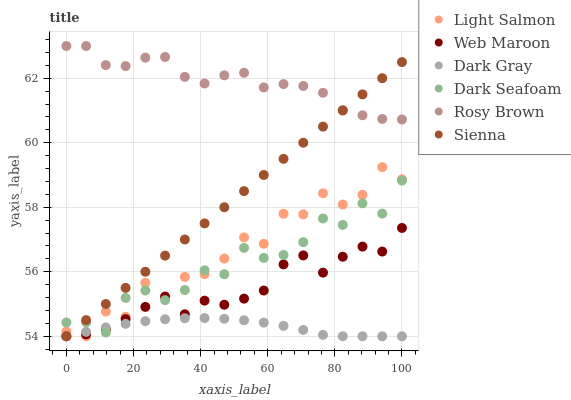
| xaxis_label | Light Salmon | Web Maroon | Dark Gray | Dark Seafoam | Rosy Brown | Sienna |
 | --- | --- | --- | --- | --- | --- | --- |
 | 0 | 54.1 | 54 | 54 | 54.4 | 63 | 54 |
 | 5.88 | 54 | 54.1 | 54.1 | 54.4 | 63 | 54.5 |
 | 11.8 | 54.8 | 54.2 | 54.3 | 54.1 | 62.4 | 55 |
 | 17.6 | 54.6 | 54.5 | 54.4 | 55.2 | 62.4 | 55.5 |
 | 23.5 | 55.7 | 54.9 | 54.5 | 55.4 | 62.6 | 56 |
 | 29.4 | 55.2 | 55.2 | 54.5 | 55.1 | 62.7 | 56.5 |
 | 35.3 | 55.8 | 54.7 | 54.6 | 55.4 | 62 | 57 |
 | 41.2 | 55.9 | 55.1 | 54.6 | 56 | 61.8 | 57.5 |
 | 47.1 | 56.4 | 55 | 54.5 | 55.9 | 62.1 | 58 |
 | 52.9 | 57.1 | 55.2 | 54.5 | 56.7 | 62.2 | 58.5 |
 | 58.8 | 56.9 | 55.4 | 54.4 | 56.4 | 61.7 | 59 |
 | 64.7 | 57.8 | 56.2 | 54.3 | 56.5 | 61.8 | 59.5 |
 | 70.6 | 57.8 | 56.5 | 54.2 | 56.9 | 61.8 | 60 |
 | 76.5 | 58.4 | 56 | 54 | 57.7 | 61.6 | 60.5 |
 | 82.4 | 58.1 | 56.5 | 54 | 57.5 | 61 | 61 |
 | 88.2 | 58.4 | 56.8 | 54 | 58.1 | 60.9 | 61.5 |
 | 94.1 | 59.2 | 56.6 | 54 | 57.8 | 60.7 | 62 |
 | 100 | 58.9 | 57.4 | 54 | 58.8 | 60.7 | 62.5 |